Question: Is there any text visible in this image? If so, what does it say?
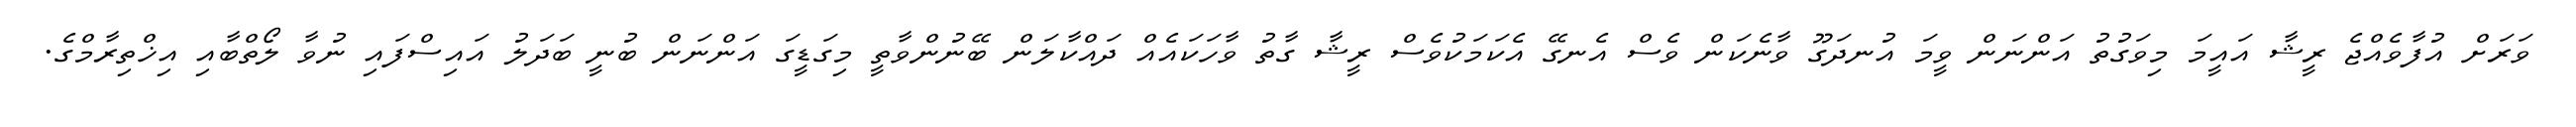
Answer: ވަރަށް އުފާވެއްޖެ ރީޝާ އައީމަ މިވަގުތު އަންނަން ވީމަ އުނދަގޫ ވާނެކަން ވެސް އެނގޭ އެކަމަކުވެސް ރީޝާ ގާތު ވާހަކައެއް ދައްކާލަން ބޭނުންވާތީ މިގަޑީގަ އަންނަން ބުނީ ބަދަލު އައިސްފައި ނުވާ ލޯތްބާއި އިޚްތިރާމްގެ.